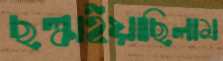
ছল্‌কাইয়াছিলাম